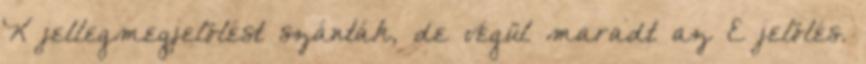
K jellegmegjelölést szánták, de végül maradt az E jelölés.